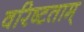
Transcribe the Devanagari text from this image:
वरिष्टताम्